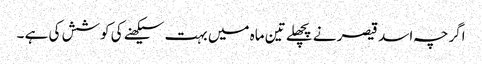
اگرچہ اسد قیصر نے پچھلے تین ماہ میں بہت سیکھنے کی کوشش کی ہے ۔